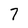
Character: 7